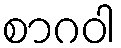
စာဂဝါ